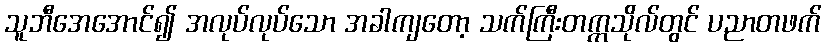
သူဘီအေအောင်၍ အလုပ်လုပ်သော အခါကျတော့ သက်ကြီးတက္ကသိုလ်တွင် ပညာတဖက်